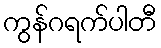
ကွန်ဂရက်ပါတီ